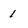
Character: 1